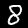
Digit: 8